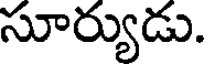
సూర్యుడు.